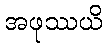
အဖုဿယိ